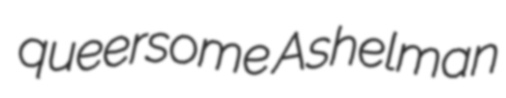
queersome Ashelman